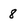
Character: 8